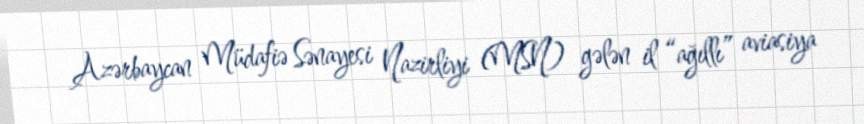
Azərbaycan Müdafiə Sənayesi Nazirliyi (MSN) gələn il “ağıllı” aviasiya